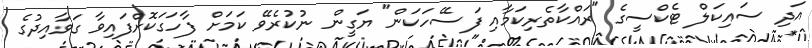
އަދި ސައިކަލް ޓެކްސީގެ "ރައްކާތެރިކަމާއި ފަސޭހަކަން" ޔަގީން ނުކުރެވޭ ކަމަށް ފާހަގަކޮށްފައިވާ ގަވާއިދުގެ